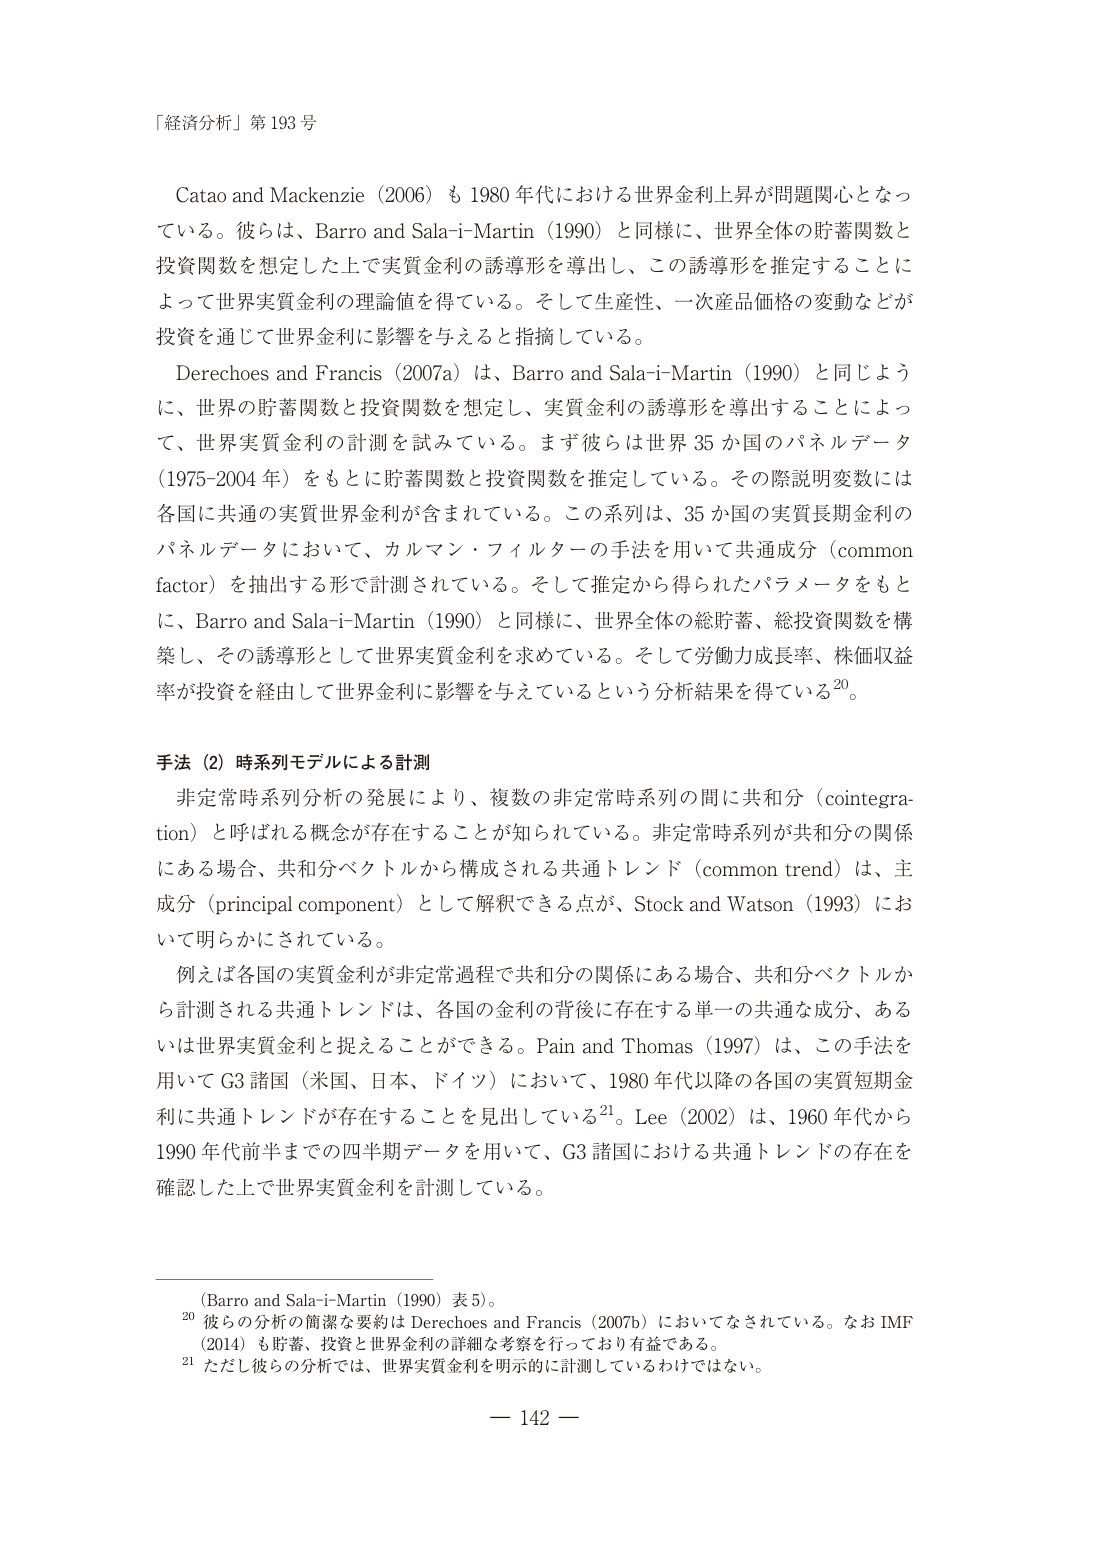
「経済分析」第 193 号

Catao and Mackenzie（2006）も 1980 年代における世界金利上昇が問題関心となっている。彼らは、Barro and Sala-i-Martin（1990）と同様に、世界全体の貯蓄関数と投資関数を想定した上で実質金利の誘導形を導出し、この誘導形を推定することによって世界実質金利の理論値を得ている。そして生産性、一次産品価格の変動などが投資を通じて世界金利に影響を与えると指摘している。

Derechoes and Francis（2007a）は、Barro and Sala-i-Martin（1990）と同じように、世界の貯蓄関数と投資関数を想定し、実質金利の誘導形を導出することによって、世界実質金利の計測を試みている。まず彼らは世界 35 カ国のパネルデータ（1975-2004 年）をもとに貯蓄関数と投資関数を推定している。その際説明変数には各国に共通の実質世界金利が含まれている。この系列は、35 カ国の実質長期金利のパネルデータにおいて、カルマン・フィルターの手法を用いて共通成分（common factor）を抽出する形で計測されている。そして推定から得られたパラメータをもとに、Barro and Sala-i-Martin（1990）と同様に、世界全体の総貯蓄、総投資関数を構築し、その誘導形として世界実質金利を求めている。そして労働力成長率、株価収益率が投資を経由して世界金利に影響を与えているという分析結果を得ている20。

手法（2）時系列モデルによる計測

非定常時系列分析の発展により、複数の非定常時系列の間に共和分（cointegration）と呼ばれる概念が存在することが知られている。非定常時系列が共和分の関係にある場合、共和分ベクトルから構成される共通トレンド（common trend）は、主成分（principal component）として解釈できる点が、Stock and Watson（1993）において明らかにされている。

例えば各国の実質金利が非定常過程で共和分の関係にある場合、共和分ベクトルから計測される共通トレンドは、各国の金利の背後にある単一の共通成分、あるいは世界実質金利と捉えることができる。Pain and Thomas（1997）は、この手法を用いて G3 諸国（米国、日本、ドイツ）において、1980 年代以降の各国の実質短期金利に共通トレンドが存在することを見出している21。Lee（2002）は、1960 年代から 1990 年代前半までの四半期データを用いて、G3 諸国における共通トレンドの存在を確認した上で世界実質金利を計測している。

（Barro and Sala-i-Martin（1990）表 5）。

20 彼らの分析の簡潔な要約は Derechoes and Francis（2007b）においてなされている。なお IMF（2014）も貯蓄、投資と世界金利の詳細な考察を行っており有益である。

21 ただし彼らの分析では、世界実質金利を明示的に計測しているわけではない。

— 142 —